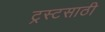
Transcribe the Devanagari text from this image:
ट्रस्टसाठी